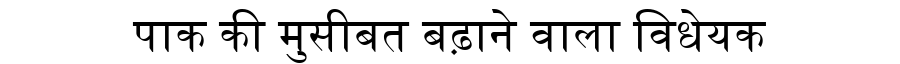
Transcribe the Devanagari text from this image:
पाक की मुसीबत बढ़ाने वाला विधेयक